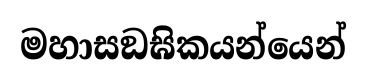
මහාසඞඝිකයන්යෙන්